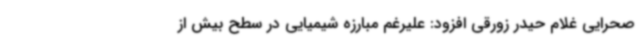
صحرایی غلام حیدر زورقی افزود: علیرغم مبارزه شیمیایی در سطح بیش از